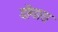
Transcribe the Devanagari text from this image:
डोंगारा